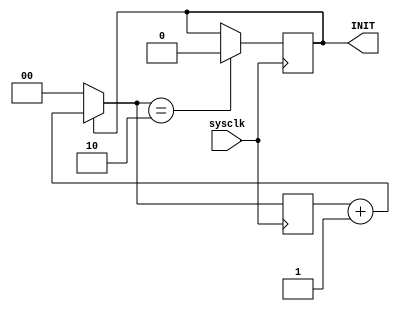
`timescale 1ns/1ps
// 
module Init(
	input sysclk,
	output reg INIT  // 
	);
	reg[1:0] CLKCNT;  //  //

	initial INIT = 1;
	initial CLKCNT = 0;

	always @(posedge sysclk) begin
		CLKCNT = INIT==1 ? CLKCNT+1 : 0;
		INIT <= CLKCNT==2'b10 ? 0 : INIT; // 2
	end

endmodule